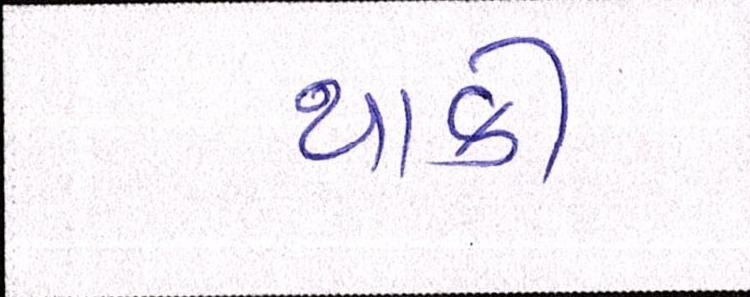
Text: થાકી